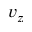
v _ { z }